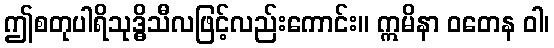
ဤစတုပါရိသုဒ္ဓိသီလဖြင့်လည်းကောင်း။ ဣမိနာ ဝတေန ဝါ၊